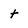
Character: t